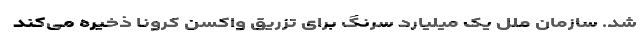
شد. سازمان ملل یک میلیارد سرنگ برای تزریق واکسن کرونا ذخیره می‌کند